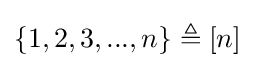
\{1,2,3,...,n\}\triangleq [n]